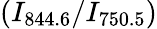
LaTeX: (I_{844.6}/I_{750.5})